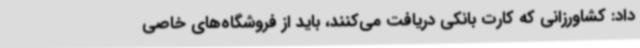
داد: کشاورزانی که کارت بانکی دریافت می‌کنند، باید از فروشگاه‌های خاصی